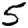
Digit: 5